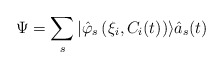
\begin{align*}\Psi =\sum_s|\hat \varphi _s\left( \xi_i,C_i(t)\right) \rangle \hat a_s(t)\end{align*}